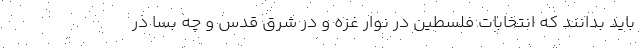
باید بدانند که انتخابات فلسطین در نوار غزه و در شرق قدس و چه بسا در